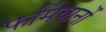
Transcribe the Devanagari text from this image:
फर्मियानों